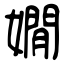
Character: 嫺